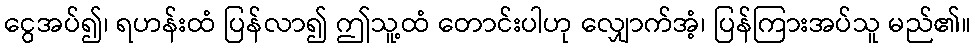
ငွေအပ်၍၊ ရဟန်းထံ ပြန်လာ၍ ဤသူ့ထံ တောင်းပါဟု လျှောက်အံ့၊ ပြန်ကြားအပ်သူ မည်၏။